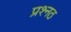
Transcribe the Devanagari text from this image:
प्रश्नठ